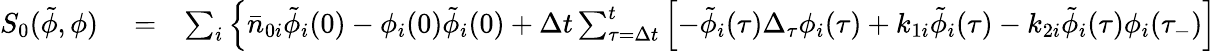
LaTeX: \begin{array}{rlr}{S_{0}(\tilde{\phi},\phi)}&{{}=}&{\sum_{i}\Big\lbrace\bar{n}_{0i}\tilde{\phi}_{i}(0)-\phi_{i}(0)\tilde{\phi}_{i}(0)+\Delta t\sum_{\tau=\Delta t}^{t}\left[-\tilde{\phi}_{i}(\tau)\Delta_{\tau}\phi_{i}(\tau)+k_{1i}\tilde{\phi}_{i}(\tau)-k_{2i}\tilde{\phi}_{i}(\tau)\phi_{i}(\tau_{-})\right]}\end{array}